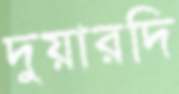
দুয়ারদি